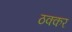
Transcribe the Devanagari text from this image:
ठक्‍कर